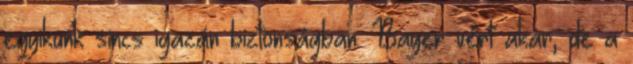
egyikünk sincs igazán biztonságban. Bayer vért akar, de a